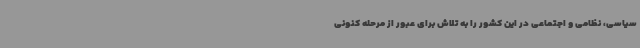
سیاسی، نظامی و اجتماعی در این کشور را به تلاش برای عبور از مرحله کنونی